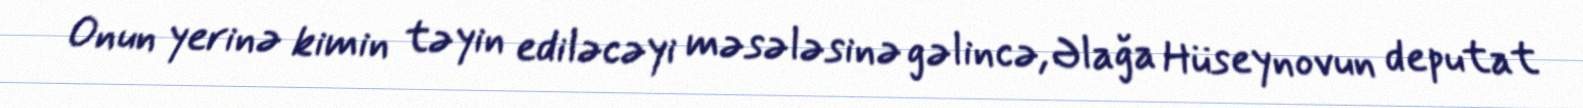
Onun yerinə kimin təyin ediləcəyi məsələsinə gəlincə, Əlağa Hüseynovun deputat